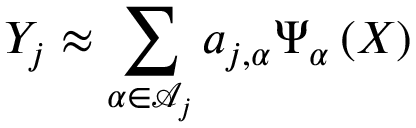
Y _ { j } \approx \sum _ { \boldsymbol { \alpha } \in \mathcal { A } _ { j } } a _ { j , \boldsymbol { \alpha } } \Psi _ { \boldsymbol { \alpha } } \left( \boldsymbol { X } \right)